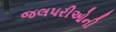
જલપરીઓની